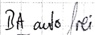
Text: BA auto frei